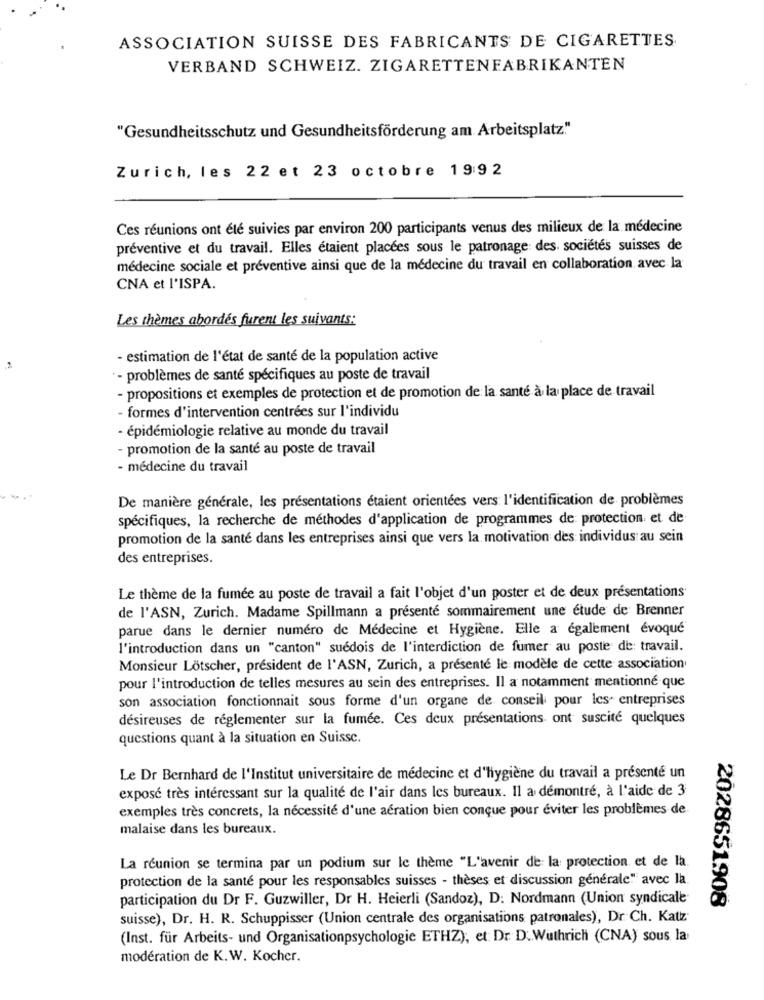
ASSOCIATION SUISSE DES FABRICANTS DE CIGARETTES
VERBAND SCHWEIZ. ZIGARETTENFABRIKANTEN
"Gesundheitsschutz und Gesundheitsförderung am Arbeitsplatz"
Zurich, les 22 et 23 octobre 1992
Ces réunions ont été suivies par environ 200 participants venus des milieux de la médecine
préventive et du travail. Elles étaient placées sous le patronage des sociétés suisses de
médecine sociale et préventive ainsi que de la médecine du travail en collaboration avec la
CNA et l'ISPA.
Les thèmes abordés furent les suivants:
- estimation de l'état de santé de la population active
.2
* - problèmes de santé spécifiques au poste de travail
- propositions et exemples de protection et de promotion de la santé à la place de travail
- formes d'intervention centrées sur l'individu
- épidémiologie relative au monde du travail
- promotion de la santé au poste de travail
- médecine du travail
De manière générale, les présentations étaient orientées vers l'identification de problèmes
spécifiques, la recherche de méthodes d'application de programmes de protection et de
promotion de la santé dans les entreprises ainsi que vers la motivation des individus au sein
des entreprises.
Le thème de la fumée au poste de travail a fait l'objet d'un poster et de deux présentations
de l'ASN, Zurich. Madame Spillmann a présenté sommairement une étude de Brenner
parue dans le dernier numéro de Médecine et Hygiène. Elle a également évoqué
l'introduction dans un "canton" suédois de l'interdiction de fumer au poste de travail.
Monsieur Lötscher, président de l'ASN, Zurich, a présenté le modèle de cette association
pour l'introduction de telles mesures au sein des entreprises. Il a notamment mentionné que
son association fonctionnait sous forme d'un organe de conseil pour les entreprises
désireuses de réglementer sur la fumée. Ces deux présentations ont suscité quelques
questions quant à la situation en Suisse.
Le Dr Bernhard de l'Institut universitaire de médecine et d'hygiène du travail a présenté un
exposé très intéressant sur la qualité de l'air dans les bureaux. Il a démontré, à l'aide de 3
exemples très concrets, la nécessité d'une aération bien conçue pour éviter les problèmes de.
malaise dans les bureaux.
La réunion se termina par un podium sur le thème "L'avenir de la protection et de la
protection de la santé pour les responsables suisses - thèses et discussion générale" avec la
participation du Dr F. Guzwiller, Dr H. Heierli (Sandoz), D: Nordmann (Union syndicale
2028651908
suisse), Dr. H. R. Schuppisser (Union centrale des organisations patronales), Dr. Ch. Katz
(Inst. für Arbeits- und Organisationpsychologie ETHZ), et: Dr D.Wuthrich (CNA) sous la
modération de K.W. Kocher.